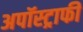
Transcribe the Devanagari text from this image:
अपॉस्ट्राफी